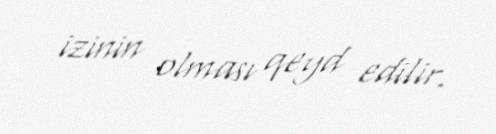
izinin olması qeyd edilir.